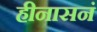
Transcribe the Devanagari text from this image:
हीनासनं